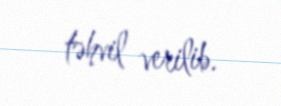
təhvil verilib.